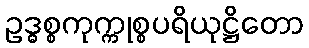
ဥဒ္ဓစ္စကုက္ကုစ္စပရိယုဋ္ဌိတော